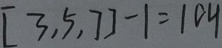
[ 3 , 5 , 7 ] - 1 = 1 0 4